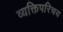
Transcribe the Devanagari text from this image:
व्यक्तिपरिचय